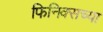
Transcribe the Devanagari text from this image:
फिनिक्सच्या